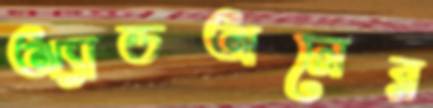
অ্যাডঅনের